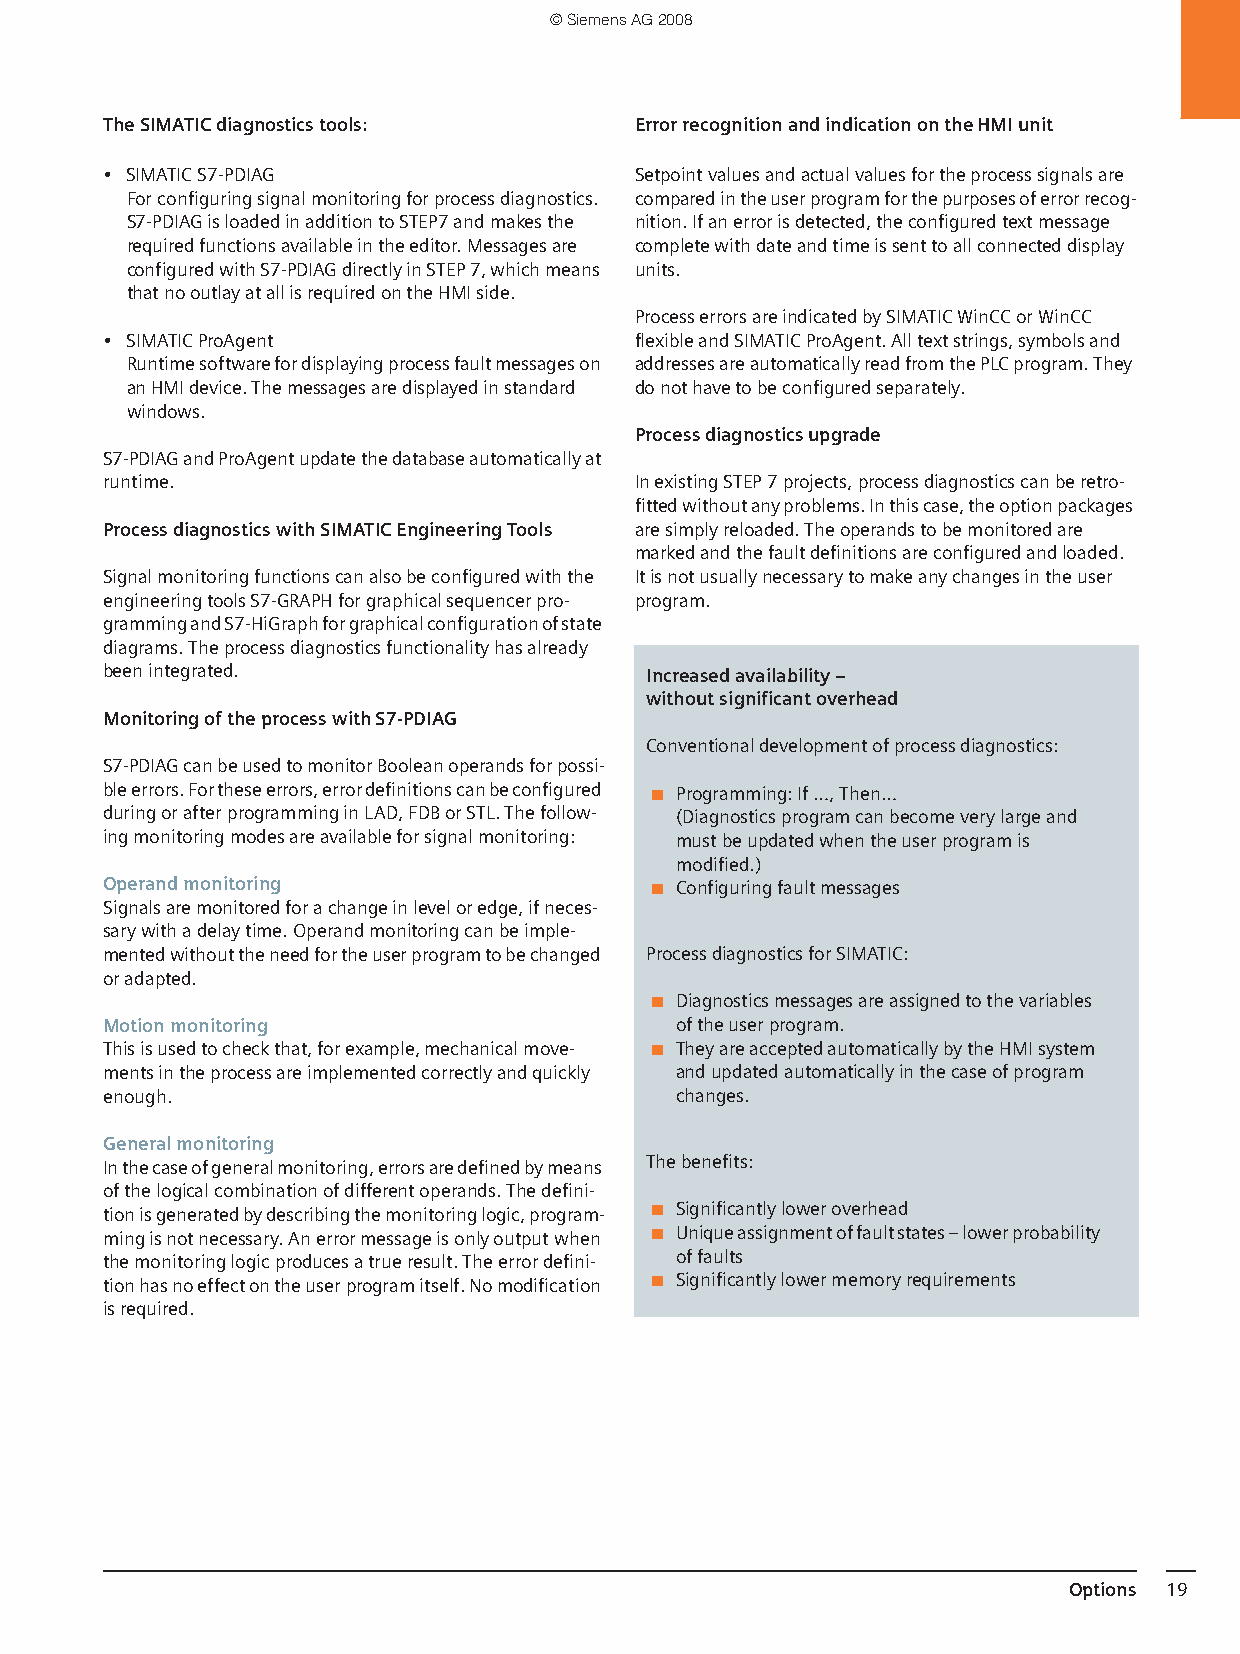
© Siemens AG 2008
 The SIMATIC diagnostics tools:     Error recognition and indication on the HMI unit
 • SIMATIC S7-PDIAG                 Setpoint values and actual values for the process signals are
 For configuring signal monitoring for process diagnostics. compared in the user program for the purposes of error recog-
 S7-PDIAG is loaded in addition to STEP7 and makes the nition. If an error is detected, the configured text message
 required functions available in the editor. Messages are complete with date and time is sent to all connected display
 configured with S7-PDIAG directly in STEP 7, which means units.
 that no outlay at all is required on the HMI side.
 Process errors are indicated by SIMATIC WinCC or WinCC
 • SIMATIC ProAgent                 flexible and SIMATIC ProAgent. All text strings, symbols and
 Runtime software for displaying process fault messages on addresses are automatically read from the PLC program. They
 an HMI device. The messages are displayed in standard do not have to be configured separately.
 windows.
 Process diagnostics upgrade
 S7-PDIAG and ProAgent update the database automatically at
 runtime.                           In existing STEP 7 projects, process diagnostics can be retro-
 fitted without any problems. In this case, the option packages
 Process diagnostics with SIMATIC Engineering Tools are simply reloaded. The operands to be monitored are
 marked and the fault definitions are configured and loaded.
 Signal monitoring functions can also be configured with the Itis not usually necessary to make any changes in the user
 engineering tools S7-GRAPH for graphical sequencer pro- program.
 gramming and S7-HiGraph for graphical configuration of state
 diagrams. The process diagnostics functionality has already
 been integrated.                    Increased availability –
 without significant overhead
 Monitoring of the process with S7-PDIAG
 Conventional development of process diagnostics:
 S7-PDIAG can be used to monitor Boolean operands for possi-
 ble errors. For these errors, error definitions can be configured ■ Programming: If …, Then…
 during or after programming in LAD, FDB or STL. The follow- (Diagnostics program can become very large and
 ing monitoring modes are available for signal monitoring: must be updated when the user program is
 modified.)
 Operand monitoring                  ■ Configuring fault messages
 Signals are monitored for a change in level or edge, if neces-
 sary with a delay time. Operand monitoring can be imple-
 mented without the need for the user program to be changed Process diagnostics for SIMATIC:
 or adapted.
 ■ Diagnostics messages are assigned to the variables
 Motion monitoring                     of the user program.
 This is used to check that, for example, mechanical move- ■ They are accepted automatically by the HMI system
 ments in the process are implemented correctly and quickly and updated automatically in the case of program
 enough.                               changes.
 General monitoring
 In the case of general monitoring, errors are defined by means The benefits:
 of the logical combination of different operands. The defini-
 tion is generated by describing the monitoring logic, program- ■ Significantly lower overhead
 ming is not necessary. An error message is only output when ■ Unique assignment of fault states – lower probability
 the monitoring logic produces a true result. The error defini- of faults
 tion has no effect on the user program itself. No modification ■ Significantly lower memory requirements
 is required.
 Options 19